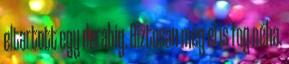
eltartott egy darabig. Biztosan még el is fog néha.